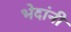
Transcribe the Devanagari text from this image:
भेदांनी